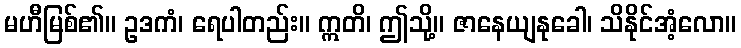
မဟီမြစ်၏။ ဥဒကံ၊ ရေပါတည်း။ ဣတိ၊ ဤသို့။ ဇာနေယျနုခေါ၊ သိနိုင်အံ့လော။